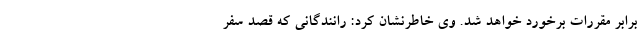
برابر مقررات برخورد خواهد شد. وی خاطرنشان کرد: رانندگانی که قصد سفر